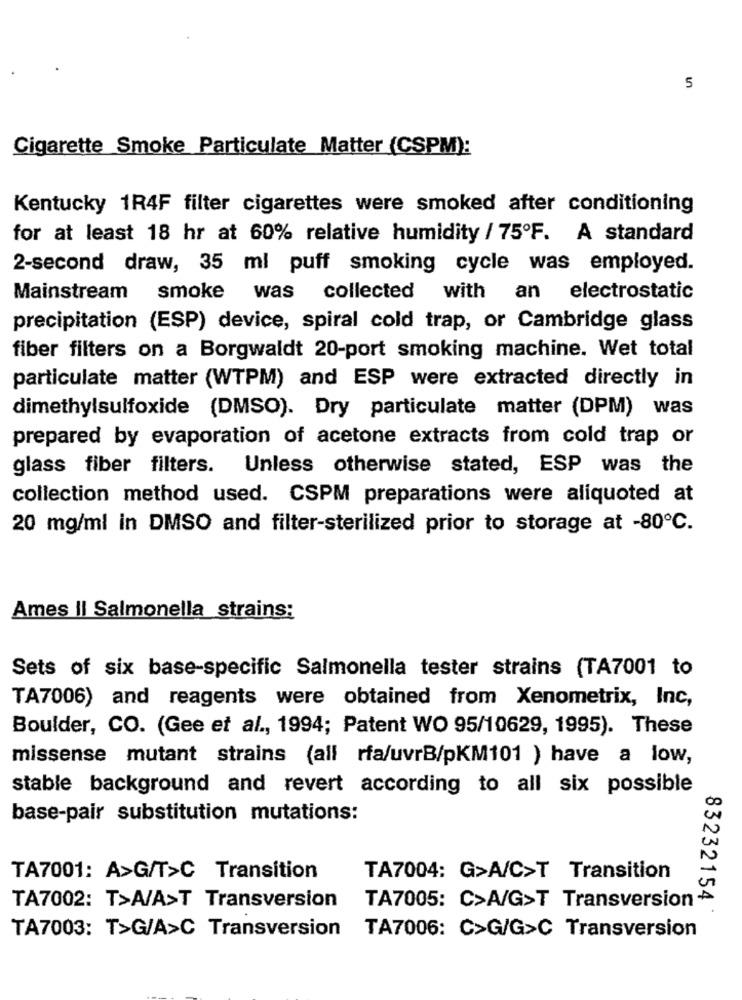
5
Cigarette Smoke Particulate Matter (CSPM):
Kentucky 1R4F filter cigarettes were smoked after conditioning
for at least 18 hr at 60% relative humidity / 75ºF. A standard
2-second draw, 35 ml puff smoking cycle was employed.
Mainstream
smoke was collected with an electrostatic
precipitation (ESP) device, spiral cold trap, or Cambridge glass
fiber filters on a Borgwaldt 20-port smoking machine. Wet total
particulate matter (WTPM) and ESP were extracted directly in
dimethylsulfoxide (DMSO). Dry particulate matter (DPM) was
prepared by evaporation of acetone extracts from cold trap or
glass fiber filters. Unless otherwise stated, ESP was the
collection method used. CSPM preparations were aliquoted at
20 mg/ml in DMSO and filter-sterilized prior to storage at -80℃.
Ames Il Salmonella_strains:
Sets of six base-specific Salmonella tester strains (TA7001 to
TA7006) and reagents were obtained from Xenometrix, Inc,
Boulder, CO. (Gee et al ., 1994; Patent WO 95/10629, 1995). These
missense mutant strains (all rfa/uvrB/pKM101 ) have a low,
stable background and revert according to all six possible
base-pair substitution mutations:
TA7001: A>G/T>C Transition
TA7004: G>A/C>T Transition
TA7002: T>A/A>T Transversion
TA7005: C>A/G>T Transversion +
83232154
TA7003: T>G/A>C Transversion
TA7006: C>G/G>C Transversion